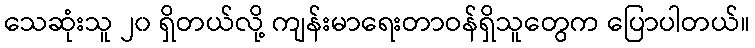
သေဆုံးသူ ၂၀ ရှိတယ်လို့ ကျန်းမာရေးတာဝန်ရှိသူတွေက ပြောပါတယ်။